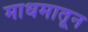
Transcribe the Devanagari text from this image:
माधमातून